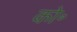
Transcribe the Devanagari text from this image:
को॰